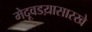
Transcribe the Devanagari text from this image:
मेदूवडय़ासारखे